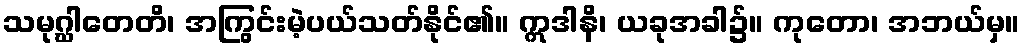
သမုဂ္ဃါတေတိ၊ အကြွင်းမဲ့ပယ်သတ်နိုင်၏။ ဣဒါနိ၊ ယခုအခါ၌။ ကုတော၊ အဘယ်မှ။